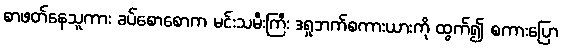
စာဖတ်နေသူကား ခပ်စောစောက မင်းသမီးကြီး ဒရူဘက်စကားယားကို ထွက်၍ စကားပြော